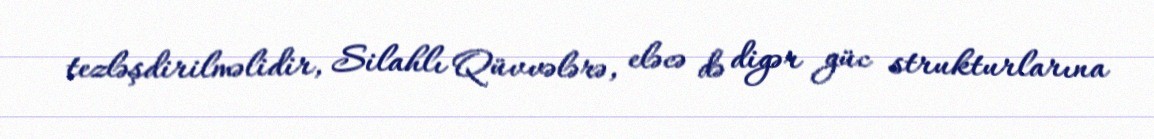
tezləşdirilməlidir, Silahlı Qüvvələrə, eləcə də digər güc strukturlarına